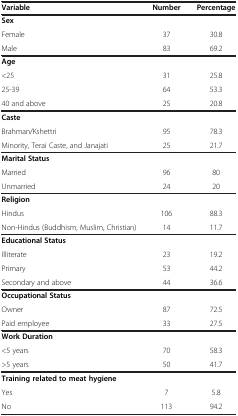
| Variable | Number | Percentage |
 | --- | --- | --- |
 | Sex |  |  |
 | Female | 37 | 30.8 |
 | Male | 83 | 69.2 |
 | Age |  |  |
 | <25 | 31 | 25.8 |
 | 25-39 | 64 | 53.3 |
 | 40 and above | 25 | 20.8 |
 | Caste |  |  |
 | Brahman/Kshettri | 95 | 78.3 |
 | Minority, Terai Caste, and Janajati | 25 | 21.7 |
 | Marital Status |  |  |
 | Married | 96 | 80 |
 | Unmarried | 24 | 20 |
 | Religion |  |  |
 | Hindus | 106 | 88.3 |
 | Non-Hindus (Buddhism, Muslim, Christian) | 14 | 11.7 |
 | Educational Status |  |  |
 | Illiterate | 23 | 19.2 |
 | Primary | 53 | 44.2 |
 | Secondary and above | 44 | 36.6 |
 | Occupational Status |  |  |
 | Owner | 87 | 72.5 |
 | Paid employee | 33 | 27.5 |
 | Work Duration |  |  |
 | <5 years | 70 | 58.3 |
 | >5 years | 50 | 41.7 |
 | Training related to meat hygiene |  |  |
 | Yes | 7 | 5.8 |
 | No | 113 | 94.2 |